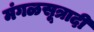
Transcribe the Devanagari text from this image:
मंगळसूत्रादी